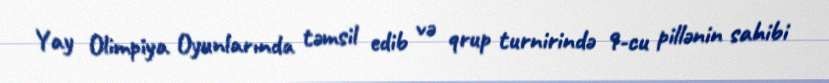
Yay Olimpiya Oyunlarında təmsil edib və qrup turnirində 9-cu pillənin sahibi